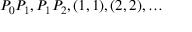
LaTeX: P _ { 0 } P _ { 1 } , P _ { 1 } P _ { 2 } , ( 1 , 1 ) , ( 2 , 2 ) , \dotsc